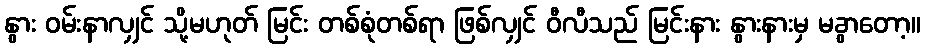
နွား ဝမ်းနာလျှင် သို့မဟုတ် မြင်း တစ်စုံတစ်ရာ ဖြစ်လျှင် ဝီလီသည် မြင်းနား နွားနားမှ မခွာတော့။